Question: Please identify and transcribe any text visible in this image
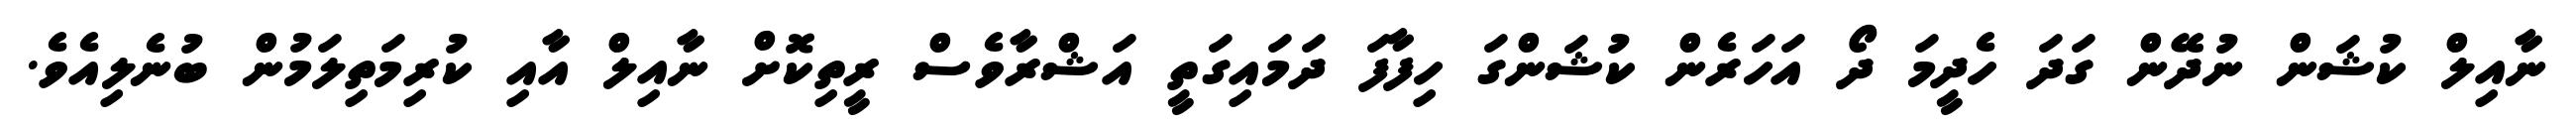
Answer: ނާއިލް ކުޝަން ނުދޭން ގަދަ ހެދީމަ ދޯ އަހަރެން ކުޝަންގަ ހިފާފަ ދަމައިގަތީ އަޝްރާވެސް ރީތިކޮށް ނާއިލް އާއި ކުރިމަތިލަމުން ބުނެލިއެވެ.